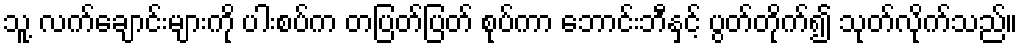
သူ့ လက်ချောင်းများကို ပါးစပ်က တပြတ်ပြတ် စုပ်ကာ ဘောင်းဘီနှင့် ပွတ်တိုက်၍ သုတ်လိုက်သည်။